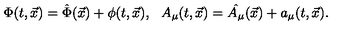
\Phi ( t , \vec { x } ) = \hat { \Phi } ( \vec { x } ) + \phi ( t , \vec { x } ) , \: \: \: A _ { \mu } ( t , \vec { x } ) = \hat { A _ { \mu } } ( \vec { x } ) + a _ { \mu } ( t , \vec { x } ) .